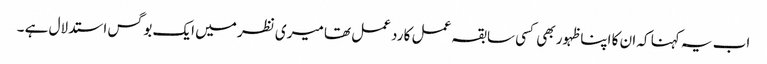
اب یہ کہنا کہ ان کا اپنا ظہور بھی کسی سابقہ عمل کا رد عمل تھا میری نظر میں ایک بوگس استدلال ہے ۔